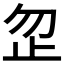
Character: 𪴵